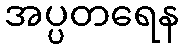
အပ္ပတရေန